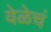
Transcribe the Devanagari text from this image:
वेळेचं